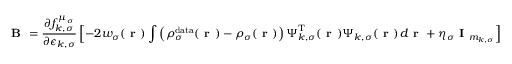
\boldsymbol { \textbf { B } } = \frac { \partial f _ { k , \sigma } ^ { \mu _ { \sigma } } } { \partial \epsilon _ { k , \sigma } } \left[ - 2 w _ { \sigma } ( \boldsymbol { \textbf { r } } ) \int \left( \rho _ { \sigma } ^ { \mathrm { d a t a } } ( \boldsymbol { \textbf { r } } ) - \rho _ { \sigma } ( \boldsymbol { \textbf { r } } ) \right) \boldsymbol { \Psi } _ { k , \sigma } ^ { \mathrm { T } } ( \boldsymbol { \textbf { r } } ) \boldsymbol { \Psi } _ { k , \sigma } ( \boldsymbol { \textbf { r } } ) \, d \boldsymbol { \textbf { r } } + \eta _ { \sigma } \textbf { I } _ { m _ { k , \sigma } } \right]